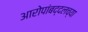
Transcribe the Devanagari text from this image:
आरोपांबद्दलच्या